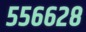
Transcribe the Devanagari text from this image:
५५६६२८